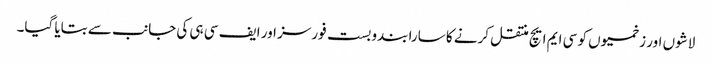
لاشوں اور زخمیوں کو سی ایم ایچ منتقل کرنے کا سارا بندوبست فورسز اور ایف سی ہی کی جانب سے بتایا گیا۔